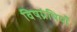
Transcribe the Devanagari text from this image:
विषग्रंथियाँ